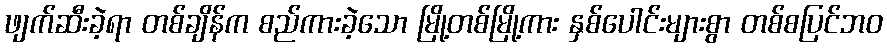
ဖျက်ဆီးခဲ့ရာ တစ်ချိန်က စည်ကားခဲ့သော မြို့တစ်မြို့ကား နှစ်ပေါင်းများစွာ တစ်စပြင်ဘဝ